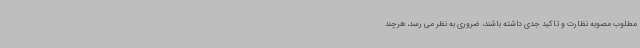
مطلوب مصوبه نظارت و تاکید جدی داشته باشند، ضروری به نظر می رسد، هرچند